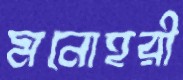
মনোহরী